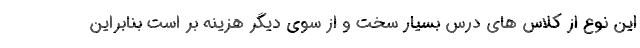
این نوع از کلاس های درس بسیار سخت و از سوی دیگر هزینه بر است بنابراین